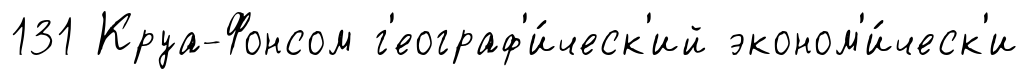
131 Круа-Фонсом г'еограф'и́ческ'ий эконом'и́ческ'и